Annual administration report of the Civil Veterinary Department of India - 1899-1900
Year: 1899
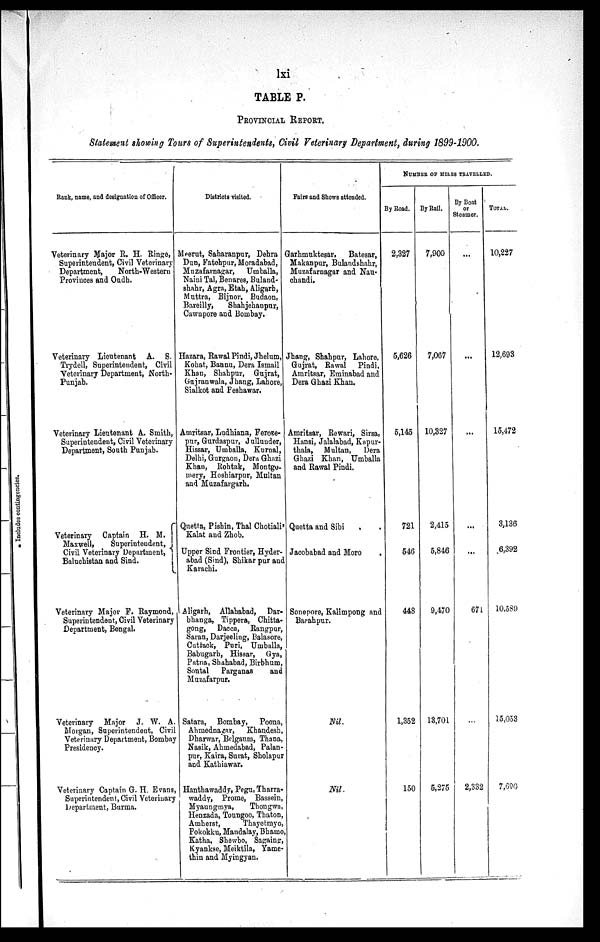
lxi
TABLE P.
PROVINCIAL REPORT.
Statement showing Tours of Superintendents, Civil Veterinary Department, during 1899-1900.
Rank, name, and designation of Officer.
Veterinary Major R. H. Ringe,
Superintendent, Civil Veterinary
Department,
North-Western
Provinces and Oudh.
Veterinary Lieutenant A. S.
Trydell, Superintendent, Civil
Veterinary Department, North-
Punjab.
Veterinary Lieutenant A. Smith,
Superintendent, Civil Veterinary
Department, South Punjab.
Veterinary Captain H. M.
Maxwell,
Superintendent,
Civil Veterinary Department,
Baluchistan and Sind.
Veterinary Major F. Raymond,
Superintendent, Civil Veterinary
Department, Bengal.
Veterinary Major J. W. A.
Morgan, Superintendent, Civil
Veterinary Department, Bombay
Presidency.
Veterinary Captain G. H. Evans,
Superintendent, Civil Veterinary
Department, Burma.
Distriots visited.
Meerut, Saharanpur, Dehra
Dun, Fatehpur, Moradabad,
Muzafarnagar,
Umballa,
Naini Tal, Benares, Buland-
shahr, Agra, Etab, Aligarb,
Muttra, Bijnor, Budaon,
Bareilly,
Shahjehanpur,
Cawnpore and Bombay.
Hazara, Rawal Pindi, Jhelum,
Kohat, Bannu, Dera Ismail
Khan, Shahpur, Gujrat,
Gujranwala, J hang, Lahore,
Sialkot and Peshawar.
Amritsar, Ludhiana, Feroze-
pur, Gurdaspur, Jullunder,
Hissar, Umballa, Kurnal,
Delhi, Gurgaon, Dera Ghazi
Khan, Rohtak, Montgo-
mery, Hoshiarpur, Multan
and Muzafargarh.
Quetta, Pishin, Thal Chotiali'
Kalat and Zhob.
Upper Sind Frontier, Hyder-
abad (Sind), Shikar pur and
Karachi.
Aligarh, Allahabad, Dar-
bhanga, Tippera, Chitta-
gong, Dacca, Rangpur,
Saran, Darjeeling, Balasore,
Cuttack, Puri, Umballa,
Babugarh, Hissar, Gya,
Patna, Shahabad, Birbhum,
Sontal Parganas
and
Muzafarpur.
Satara, Bombay, Poona,
Ahmednagar, Khandesh,
Dharwar, Belgaum, Thana,
Nasik, Ahmedabad, Palan-
pur, Kaira, Surat, Sholapur
and Kathiawar.
Hanthawaddy, Pegu, Tharra-
waddy, Prome, Bassein,
Myaungmya,
Thongwa,
Heuzada, Toungoo, Thaton,
Amherst,
Thayetmyo,
Pokokku, Mandalay, Bhamo
Katha, Showbo, Sagaing,
Kyankse, Meiktila, Yame-
thin and Myingyan.
Fairs and Shows attended.
Garhmuktesar,
Batesar,
Makanpur, Bulandshahr,
Muzafurnagar and Nau-
chandi.
Jhang, Shahpur, Lahore,
Gujrat, Rawal Pindi,
Amritsar, Eminabad and
Dera Ghazi Khan.
Amritsar, Rewari, Sirsa,
Hansi, Jalalabad, Kapur-
thala, Multan,
Dera
Ghazi Khan, Umballa
and Rawal Pindi.
Quetta and Sibi
Jacobabad and Moro
Sonepore, Kalimpong and
Barahpur.
Nil.
Nil.
NUMBER OF MILES TRAVELLED.
By Road.
2,327
5,626
5,145
721
546
448
1,352
150
By Rail.
7,900
7,067
10,327
2,415
5,846
9,470
13,701
5,275
By Boat
or
Stonmer.
...
...
...
...
...
671
...
2,332
TOTAL.
10,227
12,693
15,472
3,136
6,392
10,589
15,053
7,690